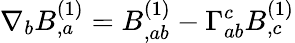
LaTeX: \nabla_{b}B_{,a}^{(1)}=B_{,ab}^{(1)}-\Gamma_{ab}^{c}B_{,c}^{(1)}